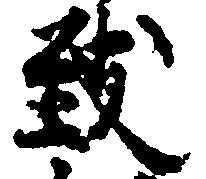
致